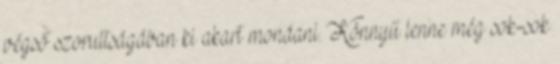
végső szorultságában ki akart mondani. Könnyű lenne még sok-sok